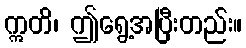
ဣတိ၊ ဤရွေ့အပြီးတည်း။